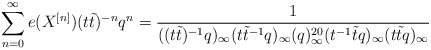
\begin{align*}\sum_{n=0}^\infty e(X^{[n]})(t \tilde t)^{-n}q^n=\frac{1}{((t \tilde t)^{-1}q)_\infty(t \tilde t^{-1} q)_\infty(q)_\infty^{20}(t^{-1}\tilde t q)_\infty(t\tilde t q)_\infty}\end{align*}